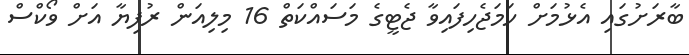
ބާރަށުގައި އެޅުމަށް ހަމަޖެހިފައިވާ ޖެޓީގެ މަސައްކަތް 16 މިލިއަން ރުފިޔާ އަށް ވޯކްސް